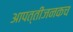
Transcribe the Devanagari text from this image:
आपत्तीजनकच